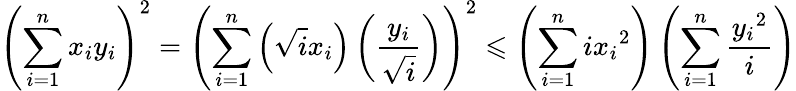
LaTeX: \displaystyle\left(\sum_{i=1}^{n}x_{i}y_{i}\right)^{2}=\left(\sum_{i=1}^{n}\left(\sqrt ix_{i}\right)\left(\frac{y_{i}}{\sqrt i}\right)\right)^{2}\leqslant\left(\sum_{i=1}^{n}i{x_{i}}^{2}\right)\left(\sum_{i=1}^{n}\frac{{y_{i}}^{2}}i\right)